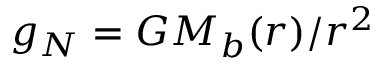
g _ { N } = G M _ { b } ( r ) / r ^ { 2 }